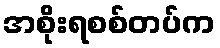
အစိုးရစစ်တပ်က